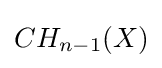
CH_{n-1}(X)